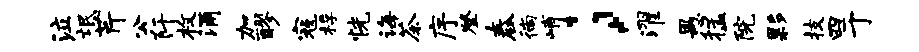
泣氓芹公阡枚涌加醪寇桴恍诲茶序登舂徜峭；濯愚猛院夥技四于